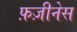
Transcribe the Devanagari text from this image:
फ़ज़ीनेस